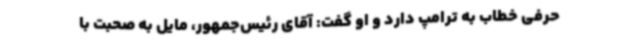
حرفی خطاب به ترامپ دارد و او گفت: آقای رئیس‌جمهور، مایل به صحبت با